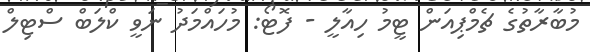
މުބާރާތުގެ ޗެމްޕިއަން ޓީމު ހިއާލީ - ފޮޓޯ: މުހައްމަދު ނަވީ ކްލަބް ސްޓިލް